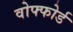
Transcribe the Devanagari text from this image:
वोफ्फोर्ड